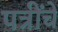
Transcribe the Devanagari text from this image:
पत्रींचे